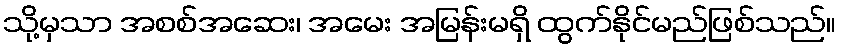
သို့မှသာ အစစ်အဆေး၊ အမေး အမြန်းမရှိ ထွက်နိုင်မည်ဖြစ်သည်။